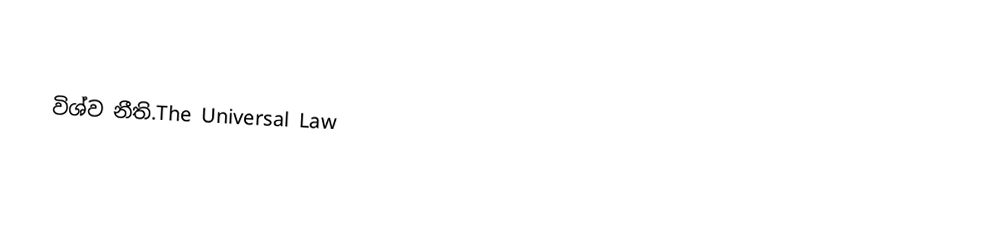

විශ්ව නීති.The Universal Law